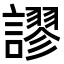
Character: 𧬶